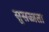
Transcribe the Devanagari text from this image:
सुसज्जता